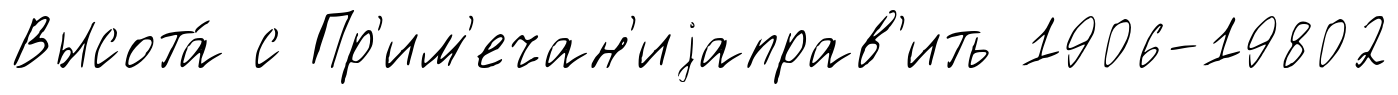
Высота́ с Пр'им'ечан'иjаправ'ить 1906-19802